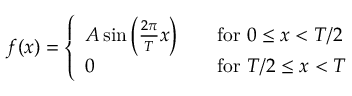
f ( x ) = { \left\{ \begin{array} { l l } { A \sin \left( { \frac { 2 \pi } { T } } x \right) } & { \quad { \mathrm { f o r ~ } } 0 \leq x < T / 2 } \\ { 0 } & { \quad { \mathrm { f o r ~ } } T / 2 \leq x < T } \end{array} \right. }